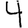
Digit: 4